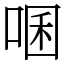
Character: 㖥